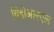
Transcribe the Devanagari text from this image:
विडीआरएल